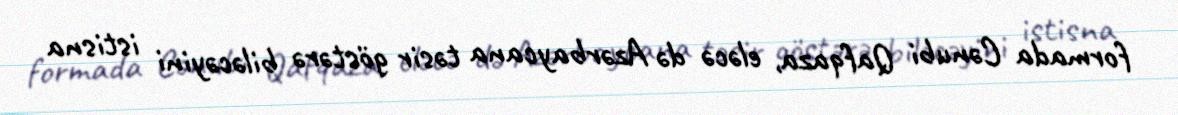
formada Cənubi Qafqaza, eləcə də Azərbaycana təsir göstərə biləcəyini istisna